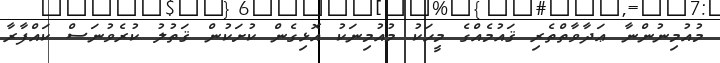
މުއުމިނުންނާ ޢަދާވާތްތެރި ޤައުމެއްގެ މީހަކު މުއުމިނަކު އޮޅިގެން ކުށަކުން ޤަތުލު ކުރެވުނަސް ކައްފާރާ